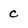
Character: c